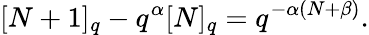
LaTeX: [N+1]_{q}-q^{\alpha}[N]_{q}=q^{-\alpha(N+\beta)}.